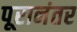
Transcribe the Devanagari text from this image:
पूरानंतर